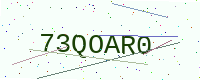
Text: 73QOAR0